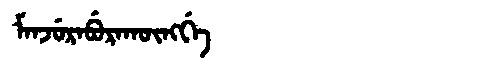
Manchu: ᠮᠠᠨᠵᡠᡵᠠᠪᡠᡵᠠᡴᡡᠩᡤᡝ
Romanization: MANJURABURAKŪNGGE